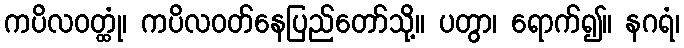
ကပိလဝတ္ထုံ၊ ကပိလဝတ်နေပြည်တော်သို့။ ပတွာ၊ ရောက်၍။ နဂရံ၊